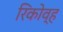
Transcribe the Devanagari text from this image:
रिकोव्ह